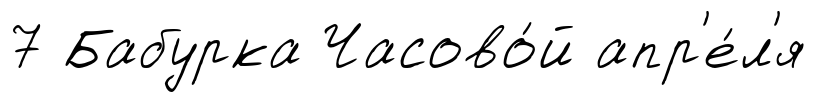
7 Бабурка Часово́й апр'е́л'я